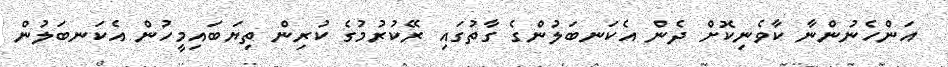
އަންހެނުންނާ ކާވެނިކޮށް ދެން އެކަނބަލުންގެ ގާތުގައި ރޭކުރުމުގެ ކުރިން ތިޔަބައިމީހުން އެކަނބަލުން